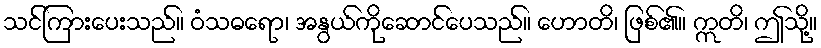
သင်ကြားပေးသည်။ ဝံသဓရော၊ အနွယ်ကိုဆောင်ပေသည်။ ဟောတိ၊ ဖြစ်၏။ ဣတိ၊ ဤသို့။